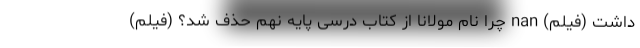
داشت (فیلم) nan چرا نام مولانا از کتاب درسی پایه نهم حذف شد؟ (فیلم)